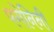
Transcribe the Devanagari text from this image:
पगेनिनी